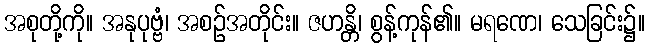
အစုတို့ကို။ အနုပုဗ္ဗံ၊ အစဉ်အတိုင်း။ ဇဟန္တိ၊ စွန့်ကုန်၏။ မရဏေ၊ သေခြင်း၌။